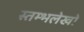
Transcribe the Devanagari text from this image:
स्तम्भलेखों